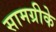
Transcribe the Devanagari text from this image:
सामग्रीके